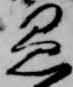
愚